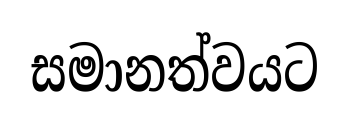
සමානත්වයට